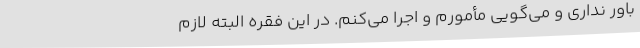
باور نداری و می‌گویی مأمورم و اجرا می‌کنم. در این فقره البته لازم